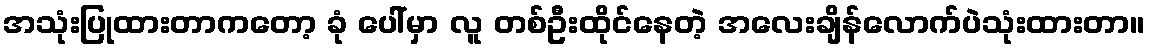
အသုံးပြုထားတာကတော့ ခုံ ပေါ်မှာ လူ တစ်ဦးထိုင်နေတဲ့ အလေးချိန်လောက်ပဲသုံးထားတာ။